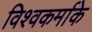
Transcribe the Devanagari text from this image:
विश्वकर्माके